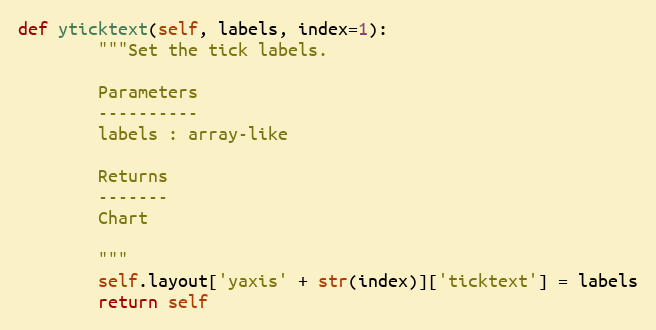
Language: Python
def yticktext(self, labels, index=1):
        """Set the tick labels.

        Parameters
        ----------
        labels : array-like

        Returns
        -------
        Chart

        """
        self.layout['yaxis' + str(index)]['ticktext'] = labels
        return self